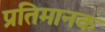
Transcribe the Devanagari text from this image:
प्रतिमानक